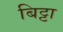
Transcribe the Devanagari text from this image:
बिट्टा